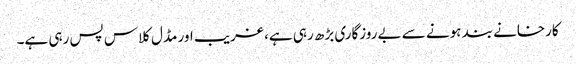
کارخانے بند ہونے سے بےروزگاری بڑھ رہی ہے، غریب اور مڈل کلاس پس رہی ہے۔